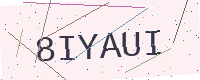
Text: 8IYAUI